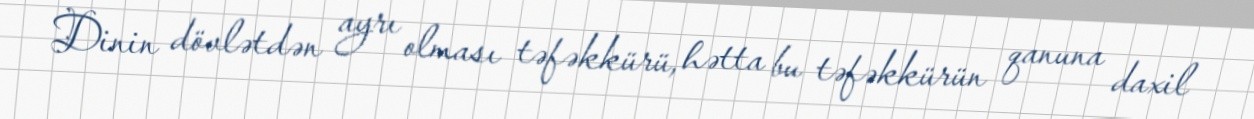
Dinin dövlətdən ayrı olması təfəkkürü, hətta bu təfəkkürün qanuna daxil